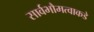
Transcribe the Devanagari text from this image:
सार्वभौमत्वाकडे